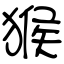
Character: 猴